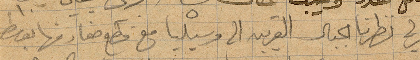
نظرنا الجبال القريبة الى مرسيليا مع قطع ... منها بوسط